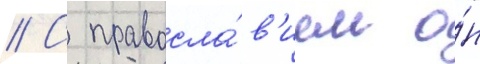
// С правосла́в'ием о́н